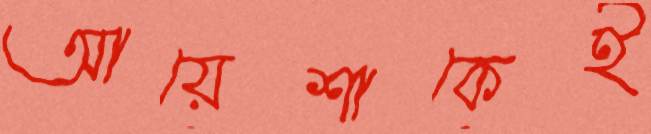
আয়েশাকেই